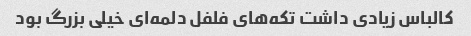
کالباس زیادی داشت تکه‌های فلفل دلمه‌ای خیلی بزرگ بود